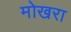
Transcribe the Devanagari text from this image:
मोखरा